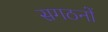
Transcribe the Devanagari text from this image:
सगठनों